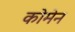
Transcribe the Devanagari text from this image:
कोमेन